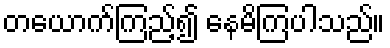
တယောက်ကြည့်၍ နေမိကြပါသည်။